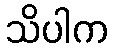
သိပါက